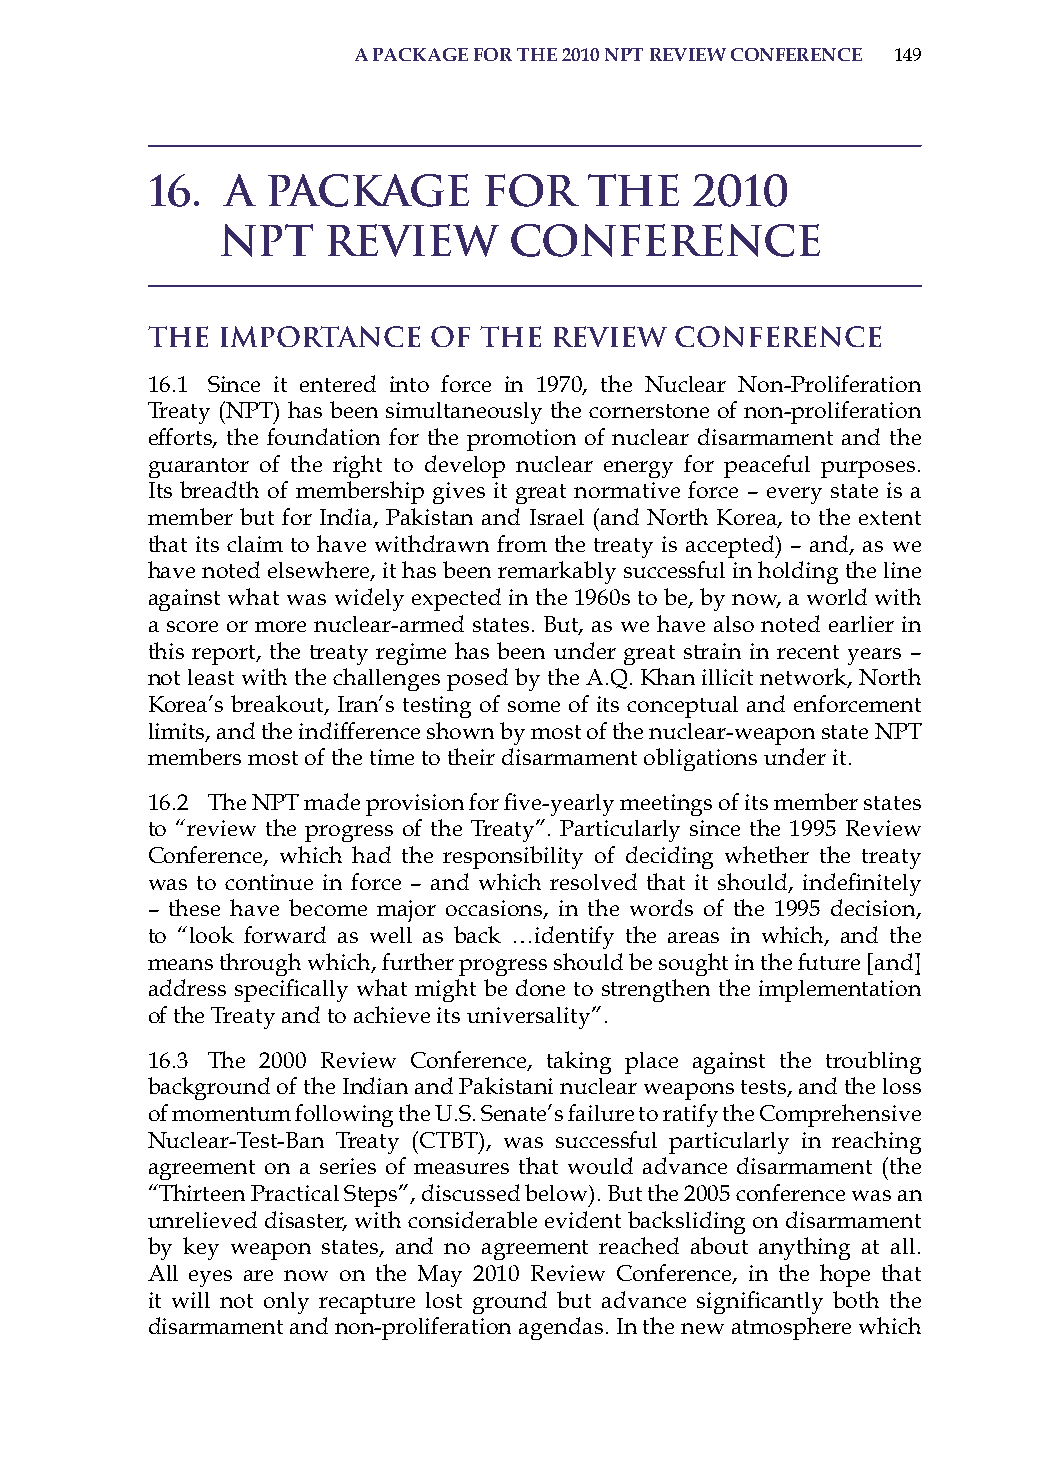
a PackaGe for the 2010 nPt review conference 149
 16.  A  Package       for    the    2010
 NPT     Review      Conference
 The Importance    of  the Review   Conference
 16.1 since it entered into force in 1970, the Nuclear Non-Proliferation
 Treaty (NPT) has been simultaneously the cornerstone of non-proliferation
 efforts, the foundation for the promotion of nuclear disarmament and the
 guarantor of the right to develop nuclear energy for peaceful purposes.
 its breadth of membership gives it great normative force – every state is a
 member but for india, Pakistan and israel (and North Korea, to the extent
 that its claim to have withdrawn from the treaty is accepted) – and, as we
 have noted elsewhere, it has been remarkably successful in holding the line
 against what was widely expected in the 1960s to be, by now, a world with
 a score or more nuclear-armed states. But, as we have also noted earlier in
 this report, the treaty regime has been under great strain in recent years –
 not least with the challenges posed by the a.Q. Khan illicit network, North
 Korea’s breakout, iran’s testing of some of its conceptual and enforcement
 limits, and the indifference shown by most of the nuclear-weapon state NPT
 members most of the time to their disarmament obligations under it.
 16.2 The NPT made provision for five-yearly meetings of its member states
 to “review the progress of the Treaty”. Particularly since the 1995 review
 Conference, which had the responsibility of deciding whether the treaty
 was to continue in force – and which resolved that it should, indefinitely
 – these have become major occasions, in the words of the 1995 decision,
 to “look forward as well as back …identify the areas in which, and the
 means through which, further progress should be sought in the future [and]
 address specifically what might be done to strengthen the implementation
 of the Treaty and to achieve its universality”.
 16.3 The 2000 review Conference, taking place against the troubling
 background of the indian and Pakistani nuclear weapons tests, and the loss
 of momentum following the U.s. senate’s failure to ratify the Comprehensive
 Nuclear-Test-Ban Treaty (CTBT), was successful particularly in reaching
 agreement on a series of measures that would advance disarmament (the
 “Thirteen Practical steps”, discussed below). But the 2005 conference was an
 unrelieved disaster, with considerable evident backsliding on disarmament
 by key weapon states, and no agreement reached about anything at all.
 all eyes are now on the May 2010 review Conference, in the hope that
 it will not only recapture lost ground but advance significantly both the
 disarmament and non-proliferation agendas. in the new atmosphere which